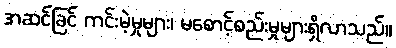
အဆင်ခြင် ကင်းမဲ့မှုများ၊ မစောင့်စည်းမှုများရှိလာသည်။